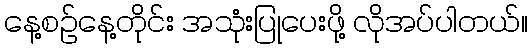
နေ့စဉ်နေ့တိုင်း အသုံးပြုပေးဖို့ လိုအပ်ပါတယ်။